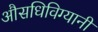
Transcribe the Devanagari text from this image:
औसधिविग्यानी